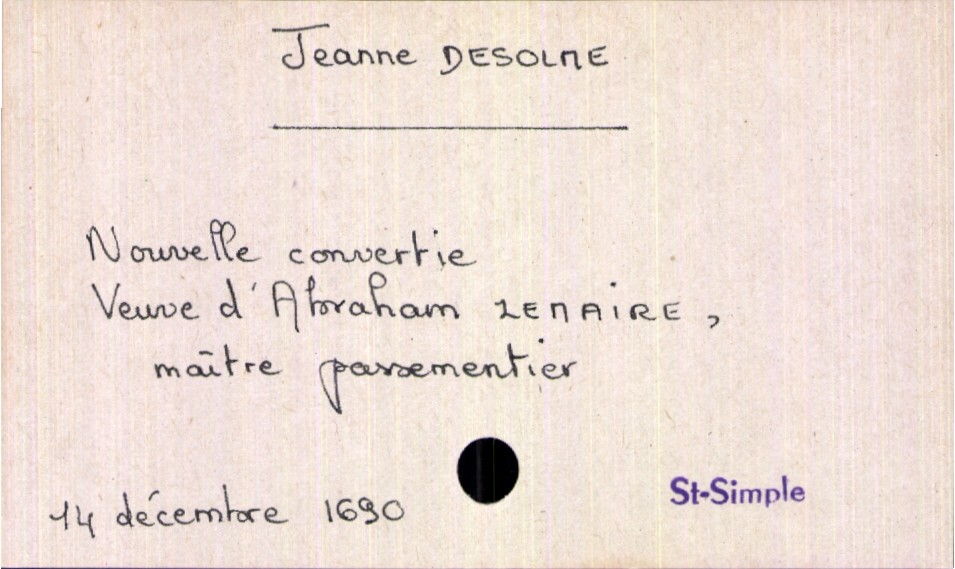
type_acte: Décès
année: 1690
mois: décembre
jour: 14
paroisse: Saint-Simple
observations: nouvelle convertie
défunt_nom: Desolme
défunt_prénom: Jeanne
défunt_sexe: F
défunt_statut: veuf(ve)